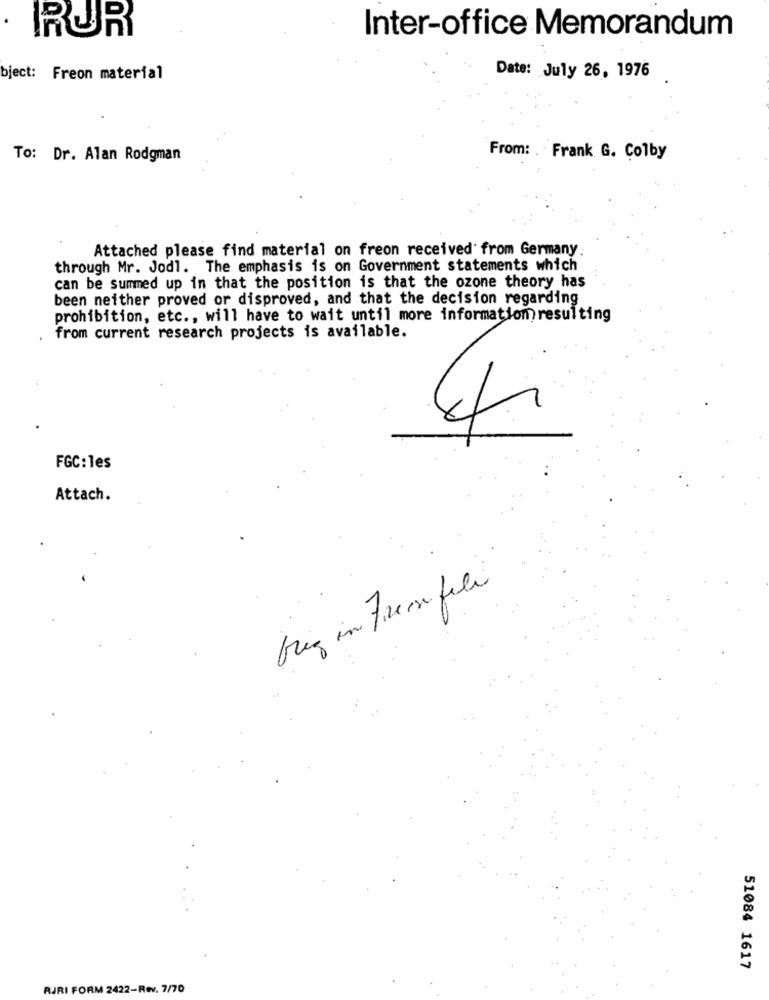
Inter-office Memorandum
RUR
bject: Freon material
Date: July 26, 1976
To: Dr. Alan Rodgman
From: . Frank G. Colby
Attached please find material on freon received from Germany.
through Mr. Jodl. The emphasis is on Government statements which
can be summed up in that the position is that the ozone theory has
been neither proved or disproved, and that the decision regarding
prohibition, etc ., will have to wait until more information resulting
from current research projects is available.
FGC: les
Attach.
bring in Fremfile
51084 1617
RJRI FORM 2422-Rev. 7/70